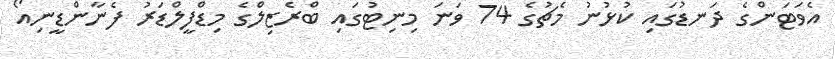
އެވަޓަންގެ ދަނޑުގައި ކުޅުނު މެޗުގެ 74 ވަނަ މިނިޓުގައި ބްރެޒިލްގެ މިޑްފީލްޑަރު ފެނާންޑީނިއޯ